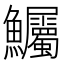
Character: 𫚇